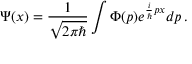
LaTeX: \Psi ( x ) = { \frac { 1 } { \sqrt { 2 \pi \hbar } } } \int \Phi ( p ) e ^ { { \frac { i } { \hbar } } p x } d p \, .